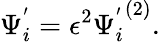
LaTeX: \Psi_{i}^{'}=\epsilon^{2}{\Psi_{i}^{'}}^{(2)}.